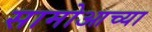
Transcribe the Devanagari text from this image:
सामोआच्या